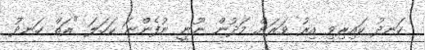
ހަނދު ކައިރިވި އިރު ވަރަށް މަދުން ނޫނީ ނުފެންނަ ކަހަލަ "ރަތް ހަނދު